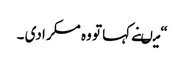
“ میںنے کہا تو وہ مسکرا دی ۔